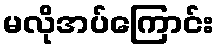
မလိုအပ်ကြောင်း